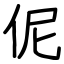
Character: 伲